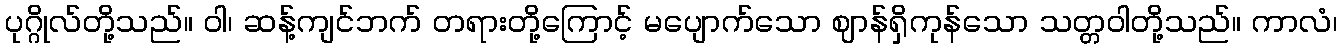
ပုဂ္ဂိုလ်တို့သည်။ ဝါ၊ ဆန့်ကျင်ဘက် တရားတို့ကြောင့် မပျောက်သော ဈာန်ရှိကုန်သော သတ္တဝါတို့သည်။ ကာလံ၊